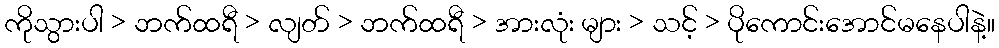
ကိုသွားပါ > ဘက်ထရီ > လျတ် > ဘက်ထရီ > အားလုံး များ > သင့် > ပိုကောင်းအောင်မနေပါနဲ့။